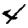
Digit: 4